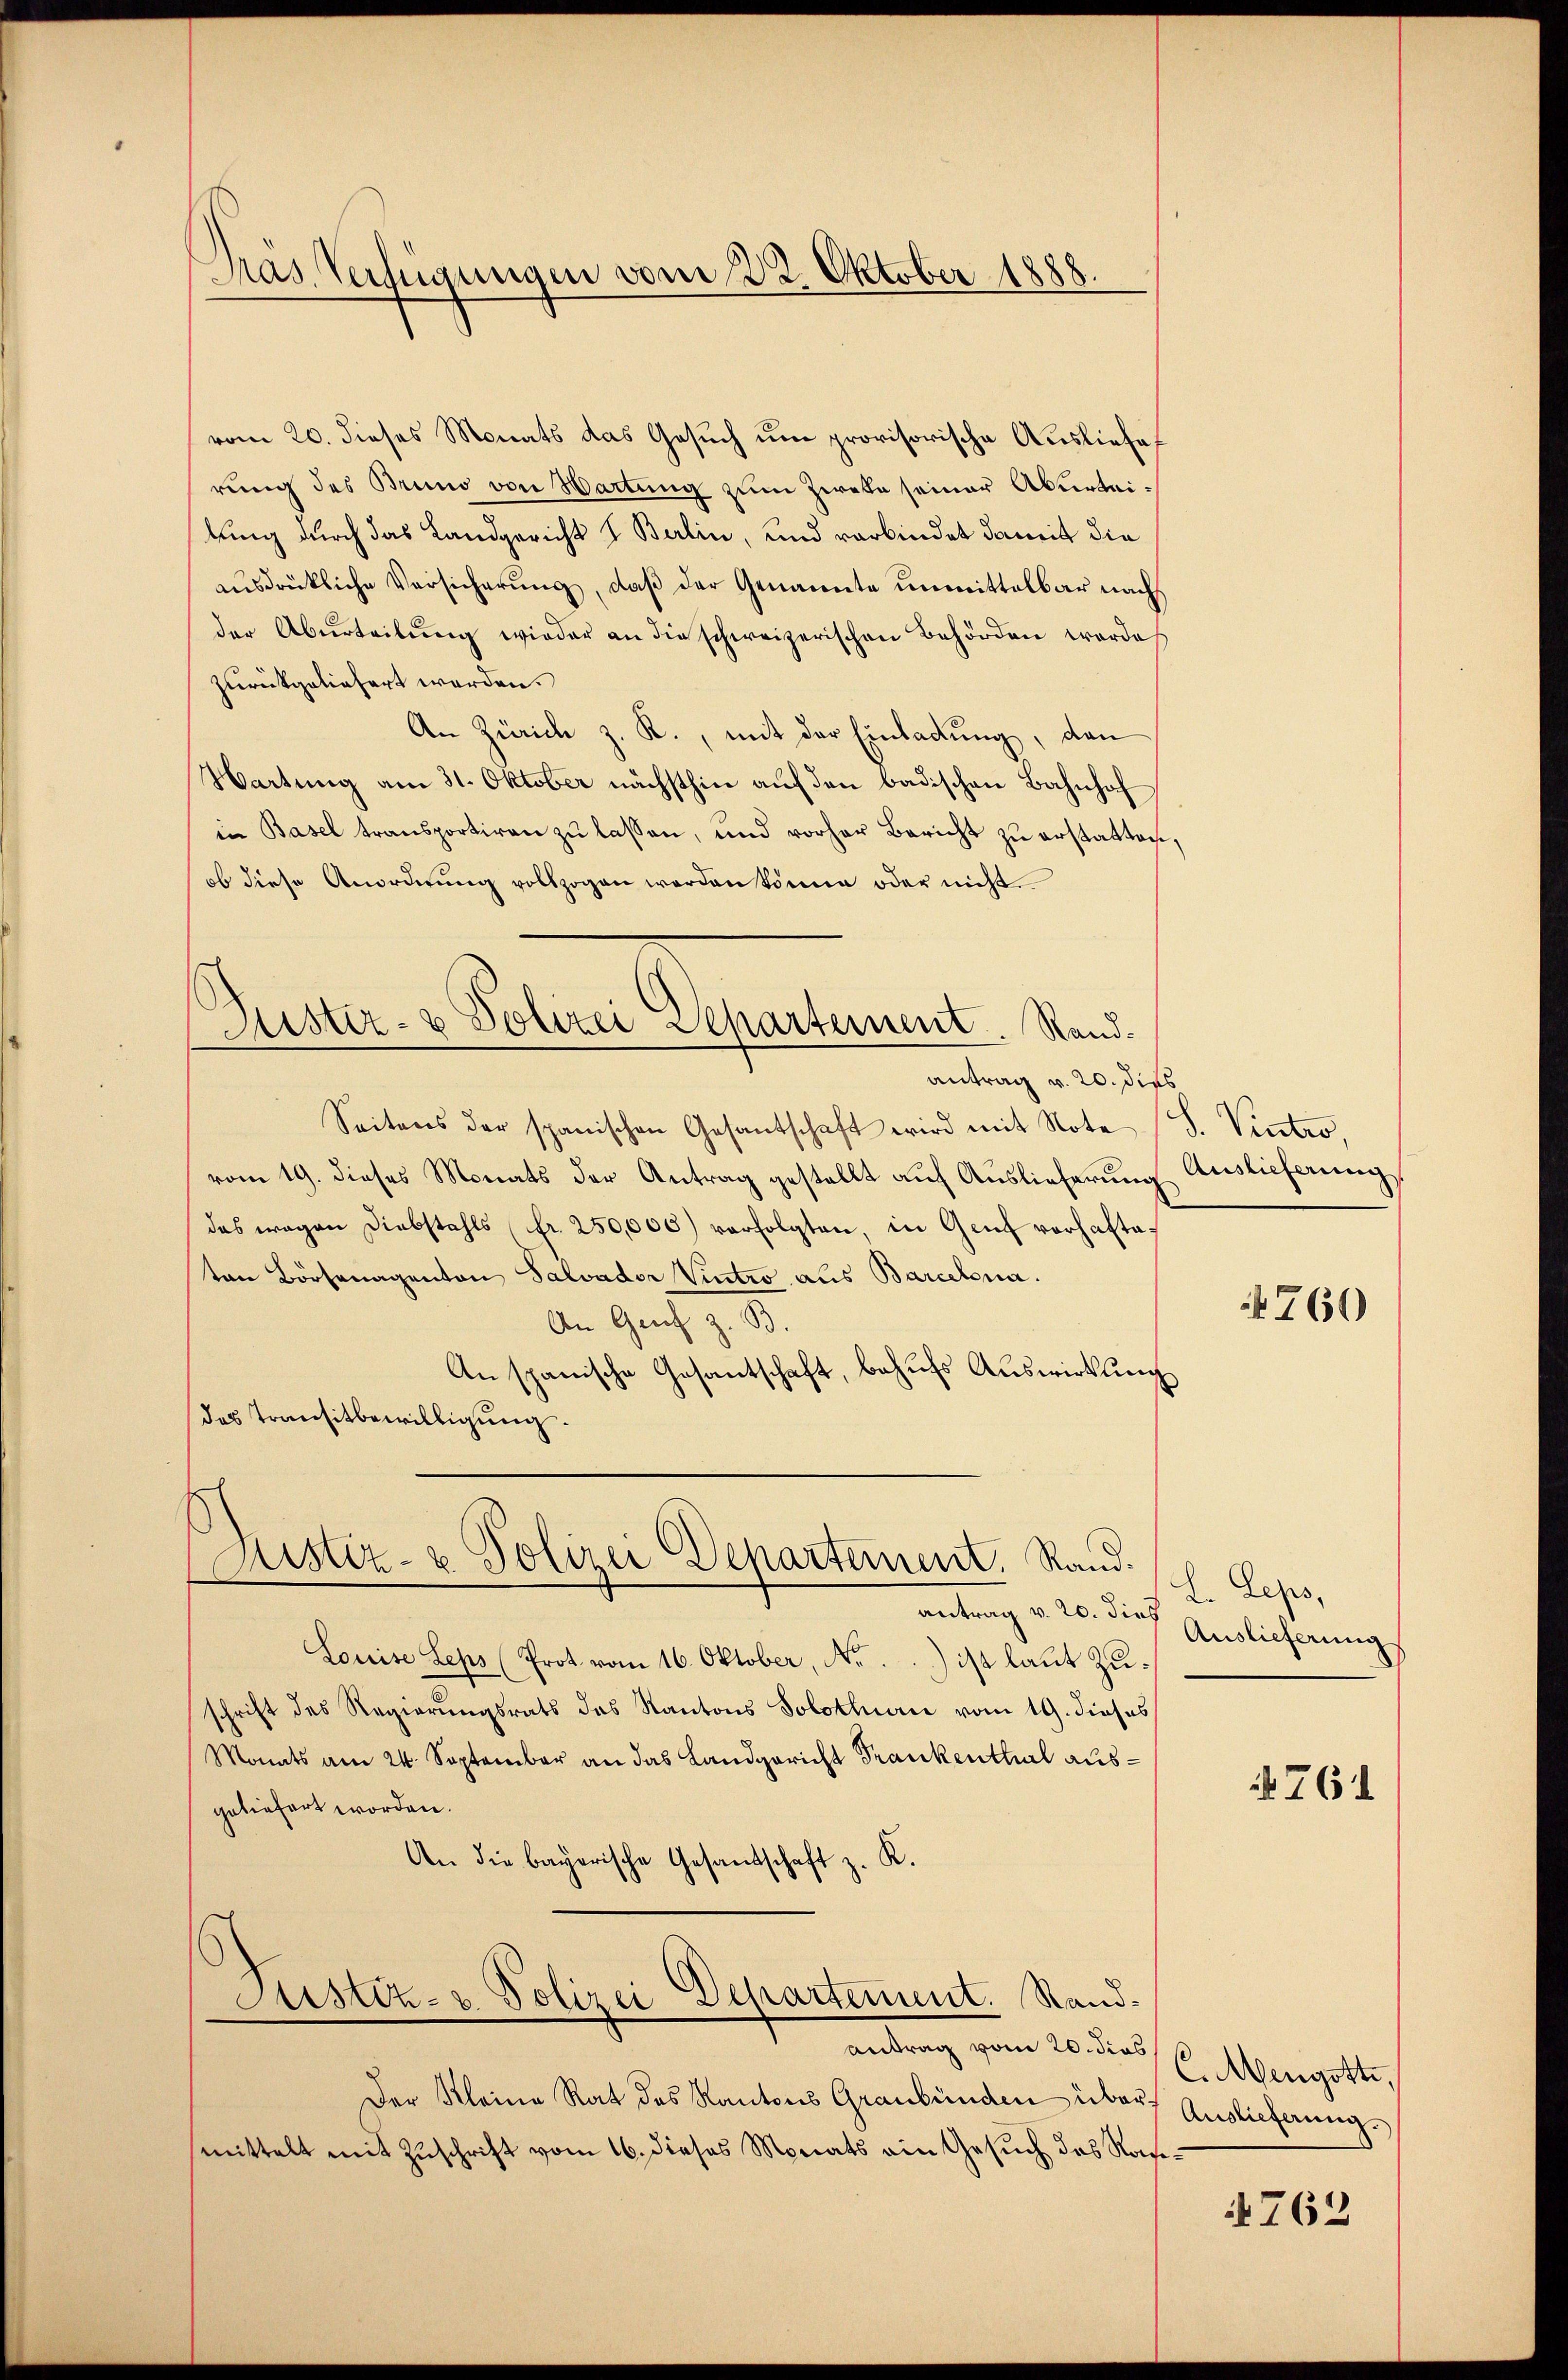
Pras Verfügungen vom 22. Oktober 1888.

vom 20. dieses Monats das Gesuch um provisorische Ausliefe
rung des Bruno von Wartung zum Zweke seiner Aburteilung durch das Landgericht I Berlin, und verbindet damit die
ausdrückliche Versicherung, daß der Genannte unmittelbar nach
der Überteilŭng wieder an die schweizerischen Behörden worde
zurückgeliefert werden.
An Zürich z. R., mit der Einladung, dan
Wartung am 31. Oktober nächsthin auf den badischen Bahnhof
in Basel transportiren zŭ lassen, und vorher Bericht zŭ erstatten.
ob diese Anordnŭng vollzogen werden könne oder nicht
Luster- & Polizei Repartement. Rand.
antrag v. 20. dies
Seitens der spanischen Gesantschaft wird mit Note
vom 19. dieses Monats der Antrag gestellt auf Auslieferung
das wegen Diebstahls fr. 250,000) verfolgten, in Genf vorhaltaton Börsenagenton Salvador Vintro aus Barcekna
An Genf z. B.
An spanische Gesantschaft, behufs Auswirkung
des Transitbewilligung.

Justiz- u. Polizei Departement. Rand.

antrag v. 20. die Auslieferung
Louise Seps (Prot. vom 16. Oktober, Nr...) ist laut Zuschrift des Regierungsrats das Kantons Solothurn vom 19. dieses
Monats am 24. September an das Landgericht Frankenthal ausgeliefert worden.
An die bayerische Gesandschaft z. K.
Justiz- & Polizei Departement. Sandantrag vom 20. dies
Der Kleine Rat des Kantons Graubünden über Auslieferung.
mittelt mit Zuschrift vom 16. dieses Monats ain Gesuch des Rasi¬

S. Victro,
Auslieferung

760

L. Leps,

761

C. Mengott,

762